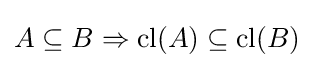
A\subseteq B\Rightarrow {\text{cl}}(A)\subseteq {\text{cl}}(B)